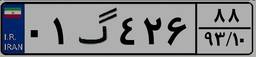
۵۷گ۰۴۰۸۵